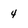
Character: 4